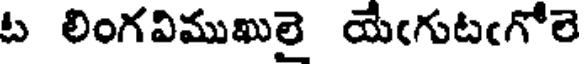
ట లింగవిముఖులై యేఁగుటఁగోలె